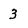
Character: 3